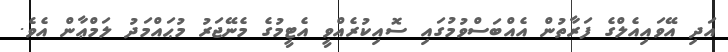
އަދި އޭވައިއެލްގެ ފަރާތުން އެއްބަސްވުމުގައި ސޮއިކުރެއްވީ އެޓީމުގެ މެނޭޖަރު މުޙައްމަދު ލަމްޢާން އެވެ.